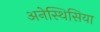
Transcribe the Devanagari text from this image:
अनेस्थिसिया